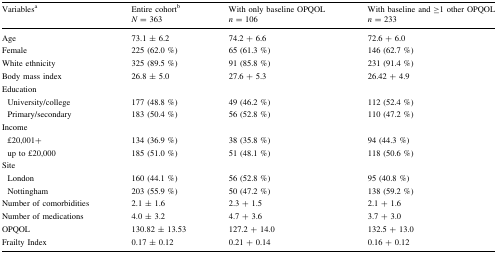
<table><thead><tr><td><b>Variables<sup>a</sup></b></td><td><b>Entire cohort<sup>b</sup><i>N</i> = 363</b></td><td><b>With only baseline OPQOL<i>n</i> = 106</b></td><td><b>With baseline and ≥1 other OPQOL<i>n</i> = 233</b></td></tr></thead><tbody><tr><td>Age</td><td>73.1 ± 6.2</td><td>74.2 + 6.6</td><td>72.6 + 6.0</td></tr><tr><td>Female</td><td>225 (62.0 %)</td><td>65 (61.3 %)</td><td>146 (62.7 %)</td></tr><tr><td>White ethnicity</td><td>325 (89.5 %)</td><td>91 (85.8 %)</td><td>231 (91.4 %)</td></tr><tr><td>Body mass index</td><td>26.8 ± 5.0</td><td>27.6 + 5.3</td><td>26.42 + 4.9</td></tr><tr><td colspan="4">Education</td></tr><tr><td> University/college</td><td>177 (48.8 %)</td><td>49 (46.2 %)</td><td>112 (52.4 %)</td></tr><tr><td> Primary/secondary</td><td>183 (50.4 %)</td><td>56 (52.8 %)</td><td>110 (47.2 %)</td></tr><tr><td colspan="4">Income</td></tr><tr><td> £20,001+</td><td>134 (36.9 %)</td><td>38 (35.8 %)</td><td>94 (44.3 %)</td></tr><tr><td> up to £20,000</td><td>185 (51.0 %)</td><td>51 (48.1 %)</td><td>118 (50.6 %)</td></tr><tr><td colspan="4">Site</td></tr><tr><td> London</td><td>160 (44.1 %)</td><td>56 (52.8 %)</td><td>95 (40.8 %)</td></tr><tr><td> Nottingham</td><td>203 (55.9 %)</td><td>50 (47.2 %)</td><td>138 (59.2 %)</td></tr><tr><td>Number of comorbidities</td><td>2.1 ± 1.6</td><td>2.3 + 1.5</td><td>2.1 + 1.6</td></tr><tr><td>Number of medications</td><td>4.0 ± 3.2</td><td>4.7 + 3.6</td><td>3.7 + 3.0</td></tr><tr><td>OPQOL</td><td>130.82 ± 13.53</td><td>127.2 + 14.0</td><td>132.5 + 13.0</td></tr><tr><td>Frailty Index</td><td>0.17 ± 0.12</td><td>0.21 + 0.14</td><td>0.16 + 0.12</td></tr></tbody></table>